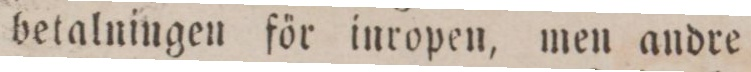
betalningen för inropen, men andre